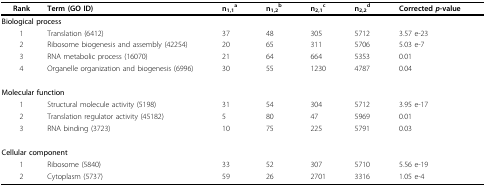
| Rank | Term (GO ID) | n1,1a | n1,2b | n2,1c | n2,2d | Corrected p-value |
 | --- | --- | --- | --- | --- | --- | --- |
 | <COLSPAN=2> Biological process |  |  |  |  |  |
 | 1 | Translation (6412) | 37 | 48 | 305 | 5712 | 3.57 e-23 |
 | 2 | Ribosome biogenesis and assembly (42254) | 20 | 65 | 311 | 5706 | 5.03 e-7 |
 | 3 | RNA metabolic process (16070) | 21 | 64 | 664 | 5353 | 0.01 |
 | 4 | Organelle organization and biogenesis (6996) | 30 | 55 | 1230 | 4787 | 0.04 |
 | <COLSPAN=2> Molecular function |  |  |  |  |  |
 | 1 | Structural molecule activity (5198) | 31 | 54 | 304 | 5712 | 3.95 e-17 |
 | 2 | Translation regulator activity (45182) | 5 | 80 | 47 | 5969 | 0.01 |
 | 3 | RNA binding (3723) | 10 | 75 | 225 | 5791 | 0.03 |
 | <COLSPAN=2> Cellular component |  |  |  |  |  |
 | 1 | Ribosome (5840) | 33 | 52 | 307 | 5710 | 5.56 e-19 |
 | 2 | Cytoplasm (5737) | 59 | 26 | 2701 | 3316 | 1.05 e-4 |